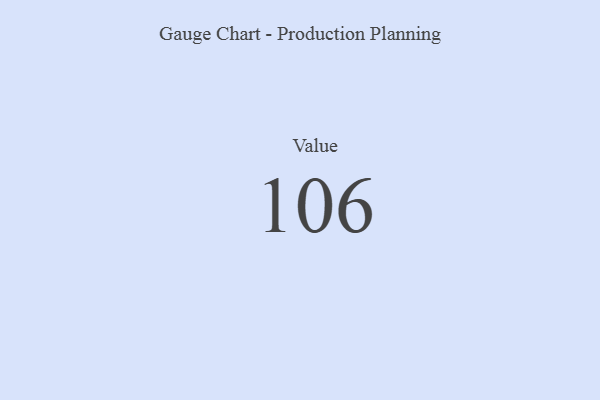
{"axis": {"x": "Metric", "y": "Value"}, "legend": [""], "data": [{"x": "Value", "y": 106, "type": ""}]}